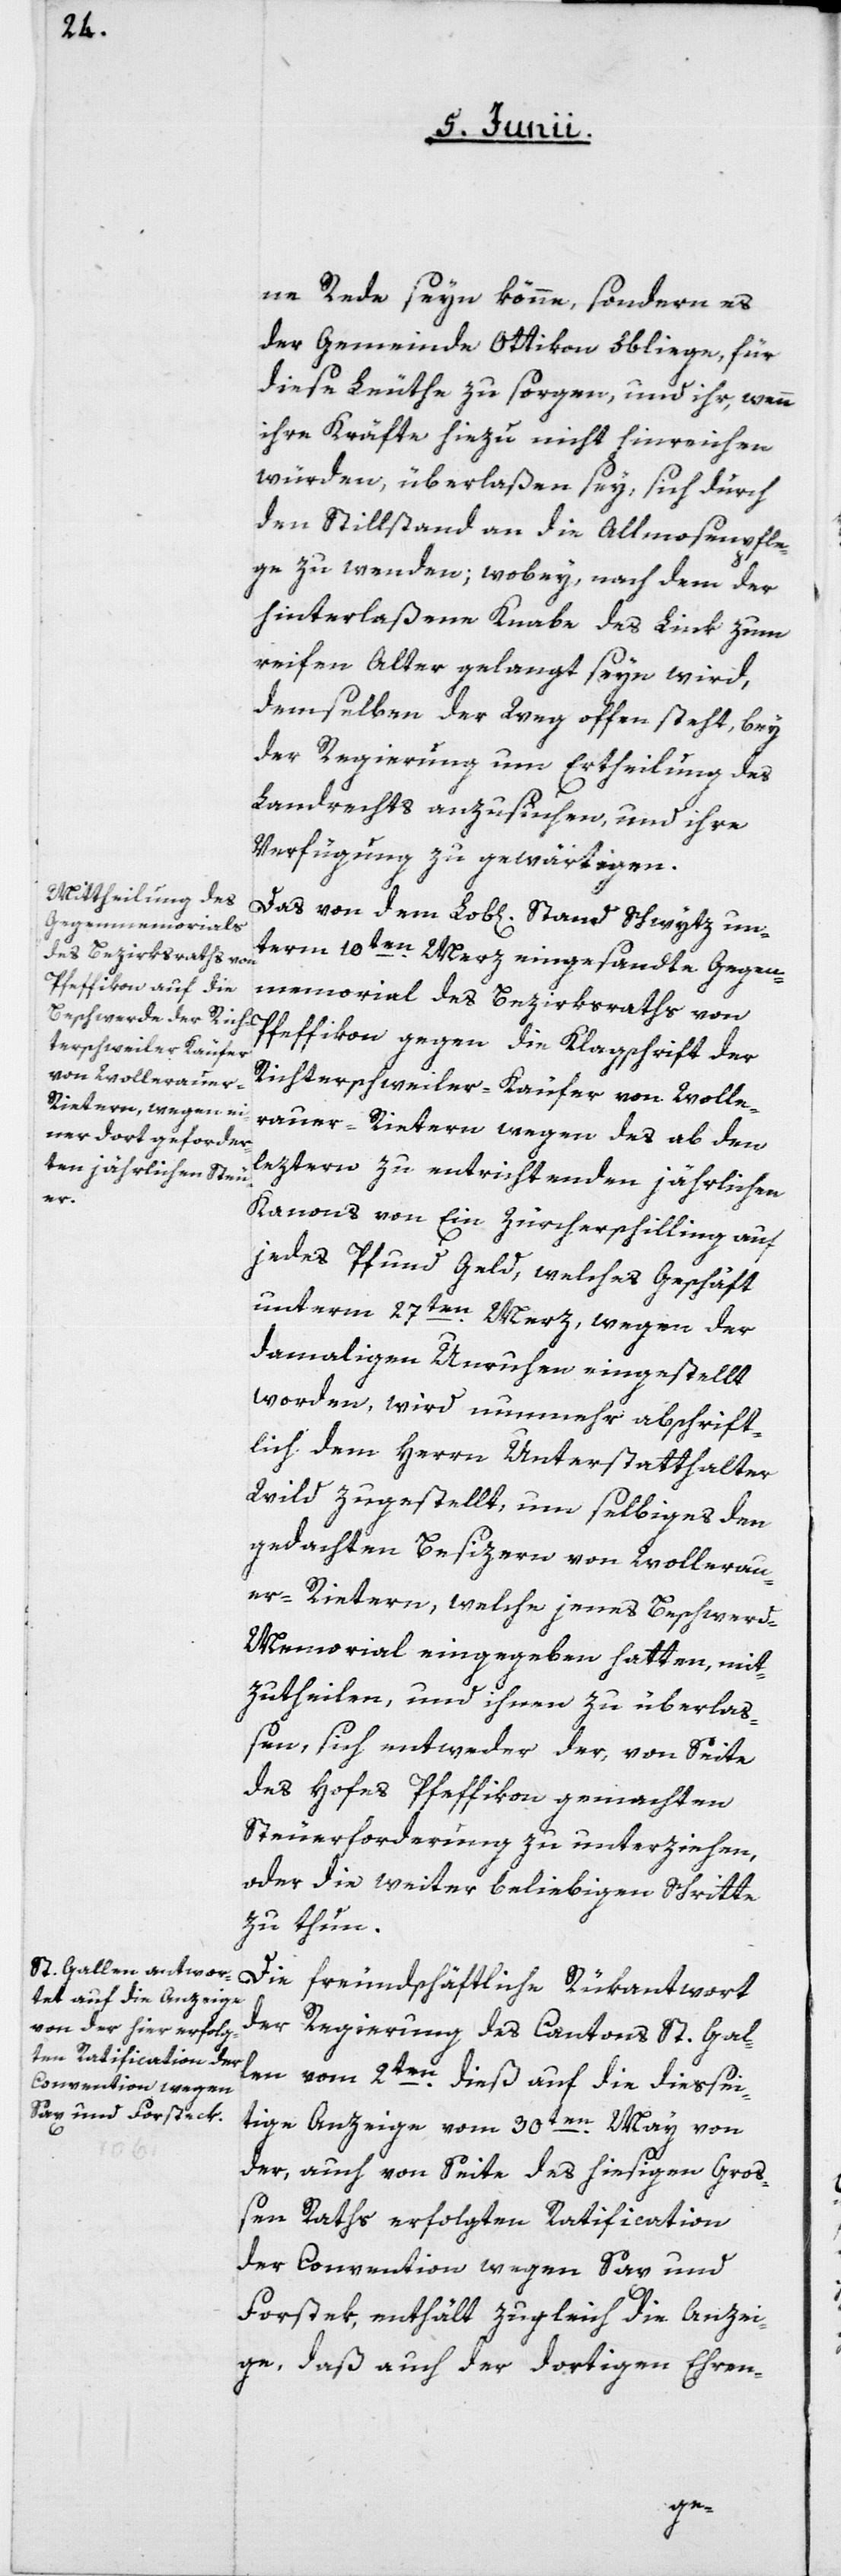
ne Rede seyn könne, sondern es
der Gemeinde Ottikon obliege, für
diese Leuthe zu sorgen und ihr, wenn
ihre Kräfte hiezu nicht hinreichen
würden, überlaßen sey, sich durch
den Stillstand an die Allmosenpfle¬
ge zu wenden; wobey nach dem der
hinterlaßene Knabe des Link zum
reifen Alter gelangt seyn wird,
demselben der Weg offen steht, bey
der Regierung um Ertheilung des
Landrechts anzusuchen, und ihre
Verfügung zu gewärtigen.
Das von dem Lob[lichen] Stand Schwytz un¬
term 10ten Merz eingesandte Gegen¬
memorial des Bezirksraths von
Pfeffikon gegen die Klagschrift der
Richterschweiler-Käufer von Woller¬
auer-Rietern wegen des ab den
leztern zu entrichtenden jährlichen
Kanons von Ein Zürcherschilling auf
jedes Pfund Geld, welches Geschäft
unterm 27ten Merz, wegen der
damaligen Unruhen eingestellt
worden, wird nunmehr abschrift¬
lich dem Herrn Unterstatthalter
Wild zugestellt, um selbiges den
gedachten Besizern von Wollerau¬
er-Rietern, welche jenes Beschwer¬
d-Memorial eingegeben hatten, mit¬
zutheilen, und ihnen zu überlaß¬
en, sich entweder der, von Seite
des Hofes Pfeffikon gemachten
Steuerforderung zu unterziehen,
oder die weiter beliebigen Schritte
zu thun.
Die freundschaftliche Rükantwort
der Regierung des Cantons St. Gal¬
len vom 2ten dieß auf die diessei¬
tige Anzeige vom 30ten May von
der, auch von Seite des hiesigen Groß¬
en Raths erfolgten Ratification
der Convention wegen Sax und
Forsteck, enthält zugleich die Anzei¬
ge, daß auch der dortigen Ehren-